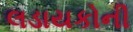
લડાયકોની